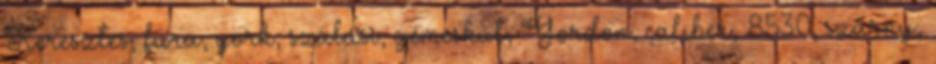
Keresztes, fura, york, szálasi, gémeskút, Gordon, caliber, 8530, szárny,